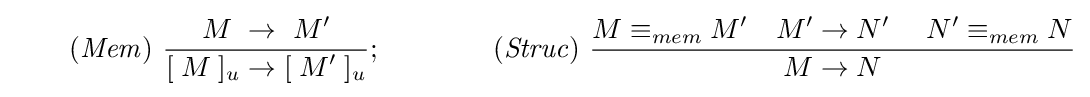
\qquad {\it {(Mem)}}\ {\frac {\displaystyle M\ \rightarrow \ M'}{\displaystyle [\;M\;]_{u}\rightarrow [\;M'\;]_{u}}};\qquad \qquad {\it {(Struc)}}\ {\frac {\displaystyle M\equiv _{mem}M'\quad M'\rightarrow N'\quad \ N'\equiv _{mem}N}{\displaystyle M\rightarrow N}}